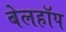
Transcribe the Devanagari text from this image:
बेलहॉप